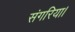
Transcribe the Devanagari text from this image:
संगरिया।